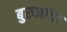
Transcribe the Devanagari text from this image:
बुरुजांचा